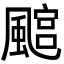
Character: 𩘎